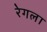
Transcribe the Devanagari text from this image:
रेगला